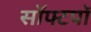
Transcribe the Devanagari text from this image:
सॉफ्टपॉ